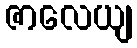
ဇာလေယျ